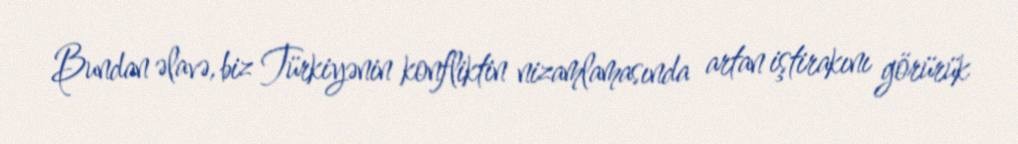
Bundan əlavə, biz Türkiyənin konfliktin nizamlamasında artan iştirakını görürük